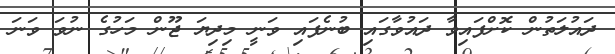
ދައުލަތުން ކޮށްފައިވާ ދައުވާގައި ބުނެފައި ވަނީ މިދިޔަ ޖޫން މަހުގެ ނުވަ ވަނަ